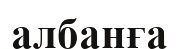
албанға